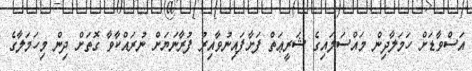
އަސްވާޑަށް ހަމަލާދިން މައްސަލައިގެ ޝަރީޢަތް ފަށާފައިނުވާއިރު ފުރާނަޔަށް ނުރައްކާވާ ގޮތަށް ދިން މިހަމަލާގެ